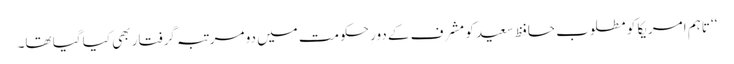
‘‘ تاہم امریکا کو مطلوب حافظ سعید کو مشرف کے دورِ حکومت میں دو مرتبہ گرفتار بھی کیا گیا تھا۔